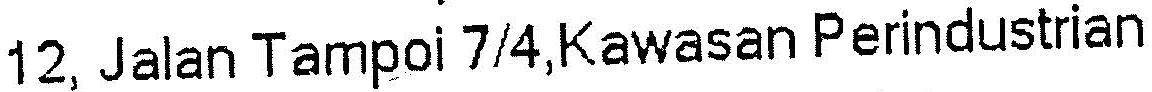
12, JALAN TAMPOI 7/4,KAWASAN PERINDUSTRIAN